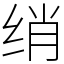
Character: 绡